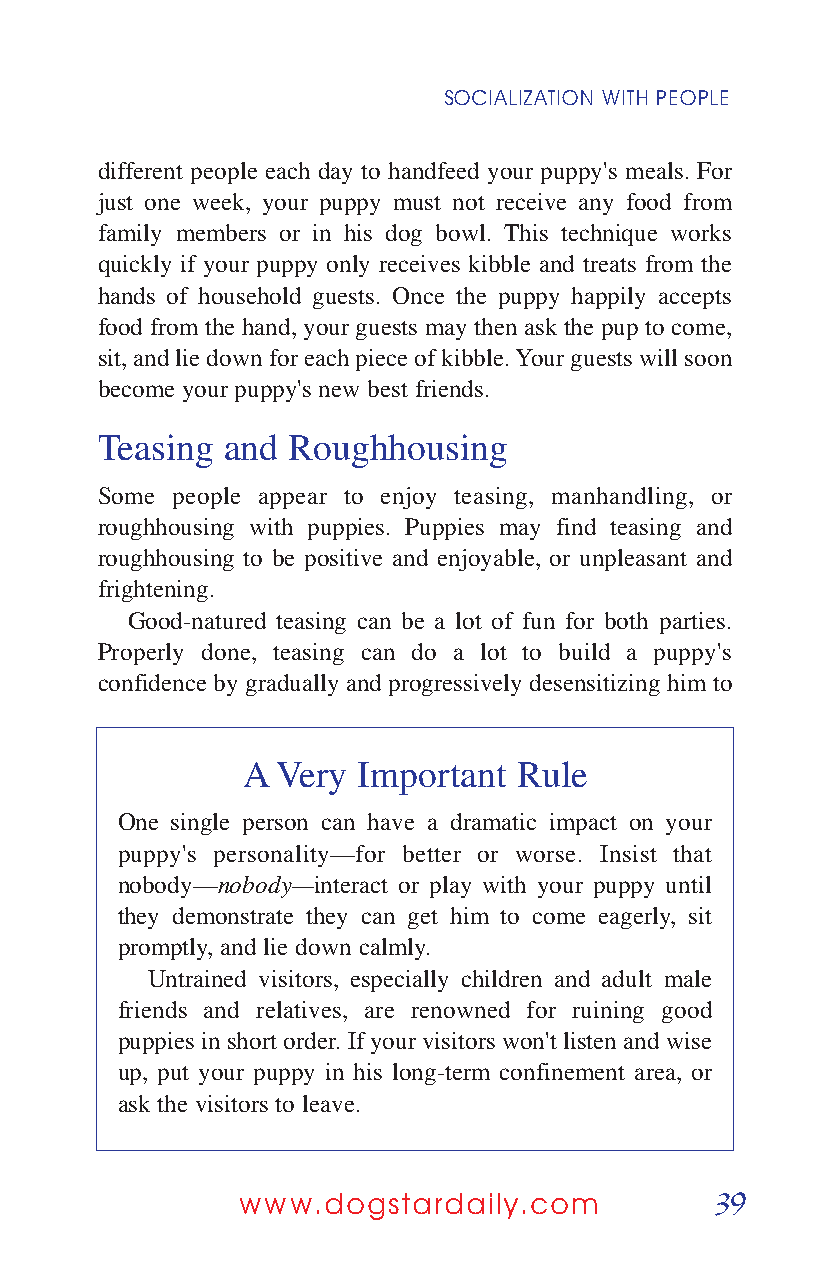
SOCIALIZATION WITH PEOPLE
 different people each day to handfeed your puppy's meals. For
 just one week, your puppy must not receive any food from
 family members or in his dog bowl. This technique works
 quickly if your puppy only receives kibble and treats from the
 hands of household guests. Once the puppy happily accepts
 food from the hand, your guests may then ask the pup to come,
 sit, and lie down for each piece of kibble. Your guests will soon
 become your puppy's new best friends.
 Teasing  and Roughhousing
 Some people appear to enjoy teasing, manhandling, or
 roughhousing with puppies. Puppies may find teasing and
 roughhousing to be positive and enjoyable, or unpleasant and
 frightening.
 Good-natured teasing can be a lot of fun for both parties.
 Properly done, teasing can do a lot to build a puppy's
 confidence by gradually and progressively desensitizing him to
 A Very  Important Rule
 One single person can have a dramatic impact on your
 puppy's personality—for better or worse. Insist that
 nobody—nobody—interact or play with your puppy until
 they demonstrate they can get him to come eagerly, sit
 promptly, and lie down calmly.
 Untrained visitors, especially children and adult male
 friends and relatives, are renowned for ruining good
 puppies in short order. If your visitors won't listen and wise
 up, put your puppy in his long-term confinement area, or
 ask the visitors to leave.
 39
 www.dogstardaily.com